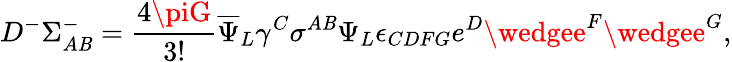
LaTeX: D^{-}\Sigma_{A\mathit{B}}^{-}={\frac{{4\piG}}{{3!}}}{\overline{{{\Psi}}}}_{L}\gamma^{C}\sigma^{A\mathit{B}}\Psi_{L}\epsilon_{CDFG}e^{D}\wedgee^{F}\wedgee^{G},